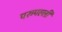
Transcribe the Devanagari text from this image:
परुपल्ली